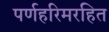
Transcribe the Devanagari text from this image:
पर्णहरिमरहित